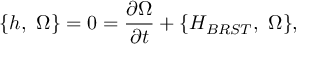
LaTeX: \{ h , \ \Omega \} = 0 = { \frac { \partial { \Omega } } { \partial t } } + \{ H _ { B R S T } , \ \Omega \} ,